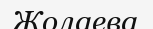
Жолаева